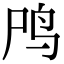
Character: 鸤